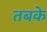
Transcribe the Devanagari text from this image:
तबके़